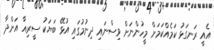
އެއީ ރަނގަޅު ކަމެއްކަމަށް މީހުންނަށް ވިސްނައި ދިނުމުގައި އުޅޭ ބަޔަކު ސީރިއާ އަށްދާ